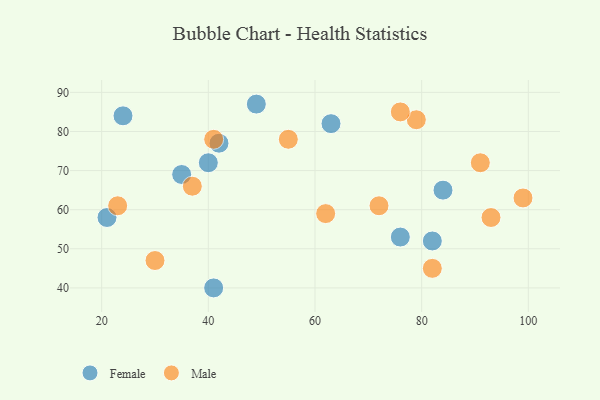
{"axis": {"x": "GDP", "y": "Life Expectancy"}, "legend": ["Female", "Male"], "data": [{"x": "63", "y": 82, "type": "Female"}, {"x": "49", "y": 87, "type": "Female"}, {"x": "40", "y": 72, "type": "Female"}, {"x": "21", "y": 58, "type": "Female"}, {"x": "76", "y": 53, "type": "Female"}, {"x": "82", "y": 52, "type": "Female"}, {"x": "24", "y": 84, "type": "Female"}, {"x": "41", "y": 40, "type": "Female"}, {"x": "84", "y": 65, "type": "Female"}, {"x": "35", "y": 69, "type": "Female"}, {"x": "42", "y": 77, "type": "Female"}, {"x": "30", "y": 47, "type": "Male"}, {"x": "55", "y": 78, "type": "Male"}, {"x": "79", "y": 83, "type": "Male"}, {"x": "62", "y": 59, "type": "Male"}, {"x": "82", "y": 45, "type": "Male"}, {"x": "41", "y": 78, "type": "Male"}, {"x": "23", "y": 61, "type": "Male"}, {"x": "99", "y": 63, "type": "Male"}, {"x": "91", "y": 72, "type": "Male"}, {"x": "93", "y": 58, "type": "Male"}, {"x": "72", "y": 61, "type": "Male"}, {"x": "37", "y": 66, "type": "Male"}, {"x": "76", "y": 85, "type": "Male"}]}